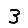
Digit: 3